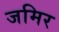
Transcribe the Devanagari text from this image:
जमिर